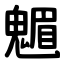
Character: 䰨